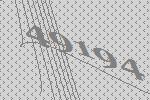
49194